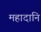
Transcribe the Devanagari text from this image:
महादानि